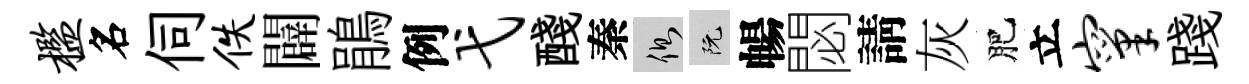
槛名伺佚闢鵑例弋醆秦側阮暢閟請灰肥立窠踐